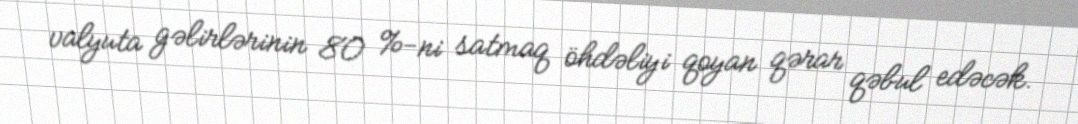
valyuta gəlirlərinin 80 %-ni satmaq öhdəliyi qoyan qərar qəbul edəcək.